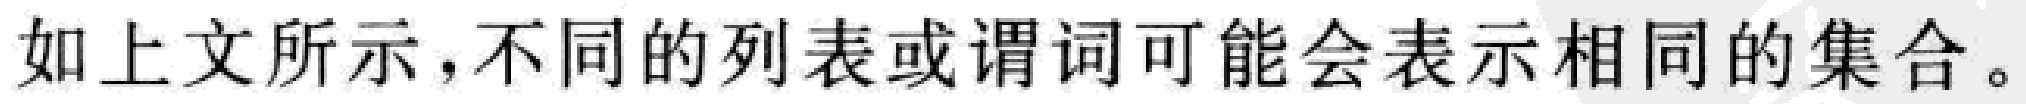
如上文所示，不同的列表或谓词可能会表示相同的集合。